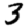
Digit: 3